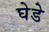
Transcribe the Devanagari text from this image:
घेडे